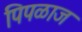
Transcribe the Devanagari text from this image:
पिपळाज